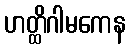
ဟတ္ထိဂါမကေန